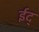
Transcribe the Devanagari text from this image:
ईद्